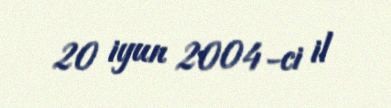
20 iyun 2004-ci il